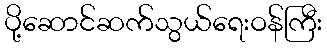
ပို့ဆောင်ဆက်သွယ်ရေးဝန်ကြီး